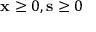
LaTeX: \mathbf { x } \geq 0 , \mathbf { s } \geq 0